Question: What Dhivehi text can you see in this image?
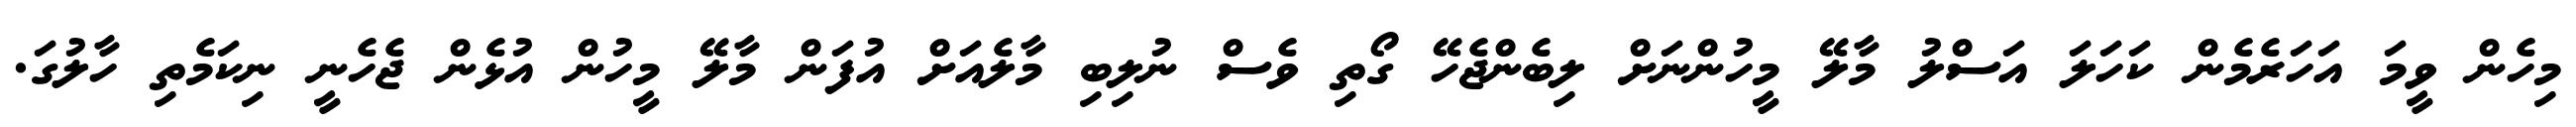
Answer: މިހެން ވީމަ އަހަރެމެން ކަހަލަ އަސްލު މާލޭ މީހުންނަށް ލިބެންޖެހޭ ގޯތި ވެސް ނުލިބި މާލެއަށް އުފަން މާލޭ މީހުން އުޅެން ޖެހެނީ ނިކަމެތި ހާލުގަ.